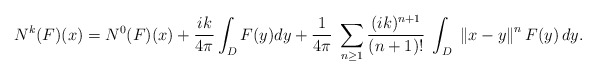
\begin{align*}N^{k}(F)(x) = N^{0}(F)(x) + \frac{ik}{4\pi} \int_{D} F(y) dy + \frac{1}{4 \pi} \; \sum_{n \geq 1} \frac{(ik)^{n+1}}{(n+1)!} \; \int_{D} \; \left\Vert x - y \right\Vert^{n} F(y) \, dy .\end{align*}